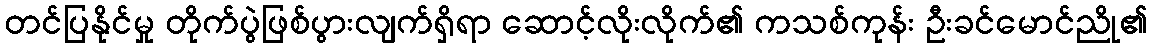
တင်ပြနိုင်မှု တိုက်ပွဲဖြစ်ပွားလျက်ရှိရာ ဆောင့်လိုးလိုက်၏ ကသစ်ကုန်း ဦးခင်မောင်ညို၏